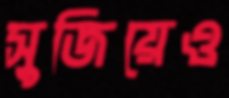
সুজিয়েও